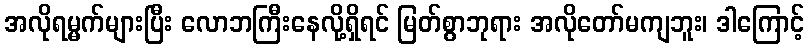
အလိုရမ္မက်များပြီး လောဘကြီးနေလို့ရှိရင် မြတ်စွာဘုရား အလိုတော်မကျဘူး၊ ဒါကြောင့်